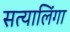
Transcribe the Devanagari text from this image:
सत्यालिंगा